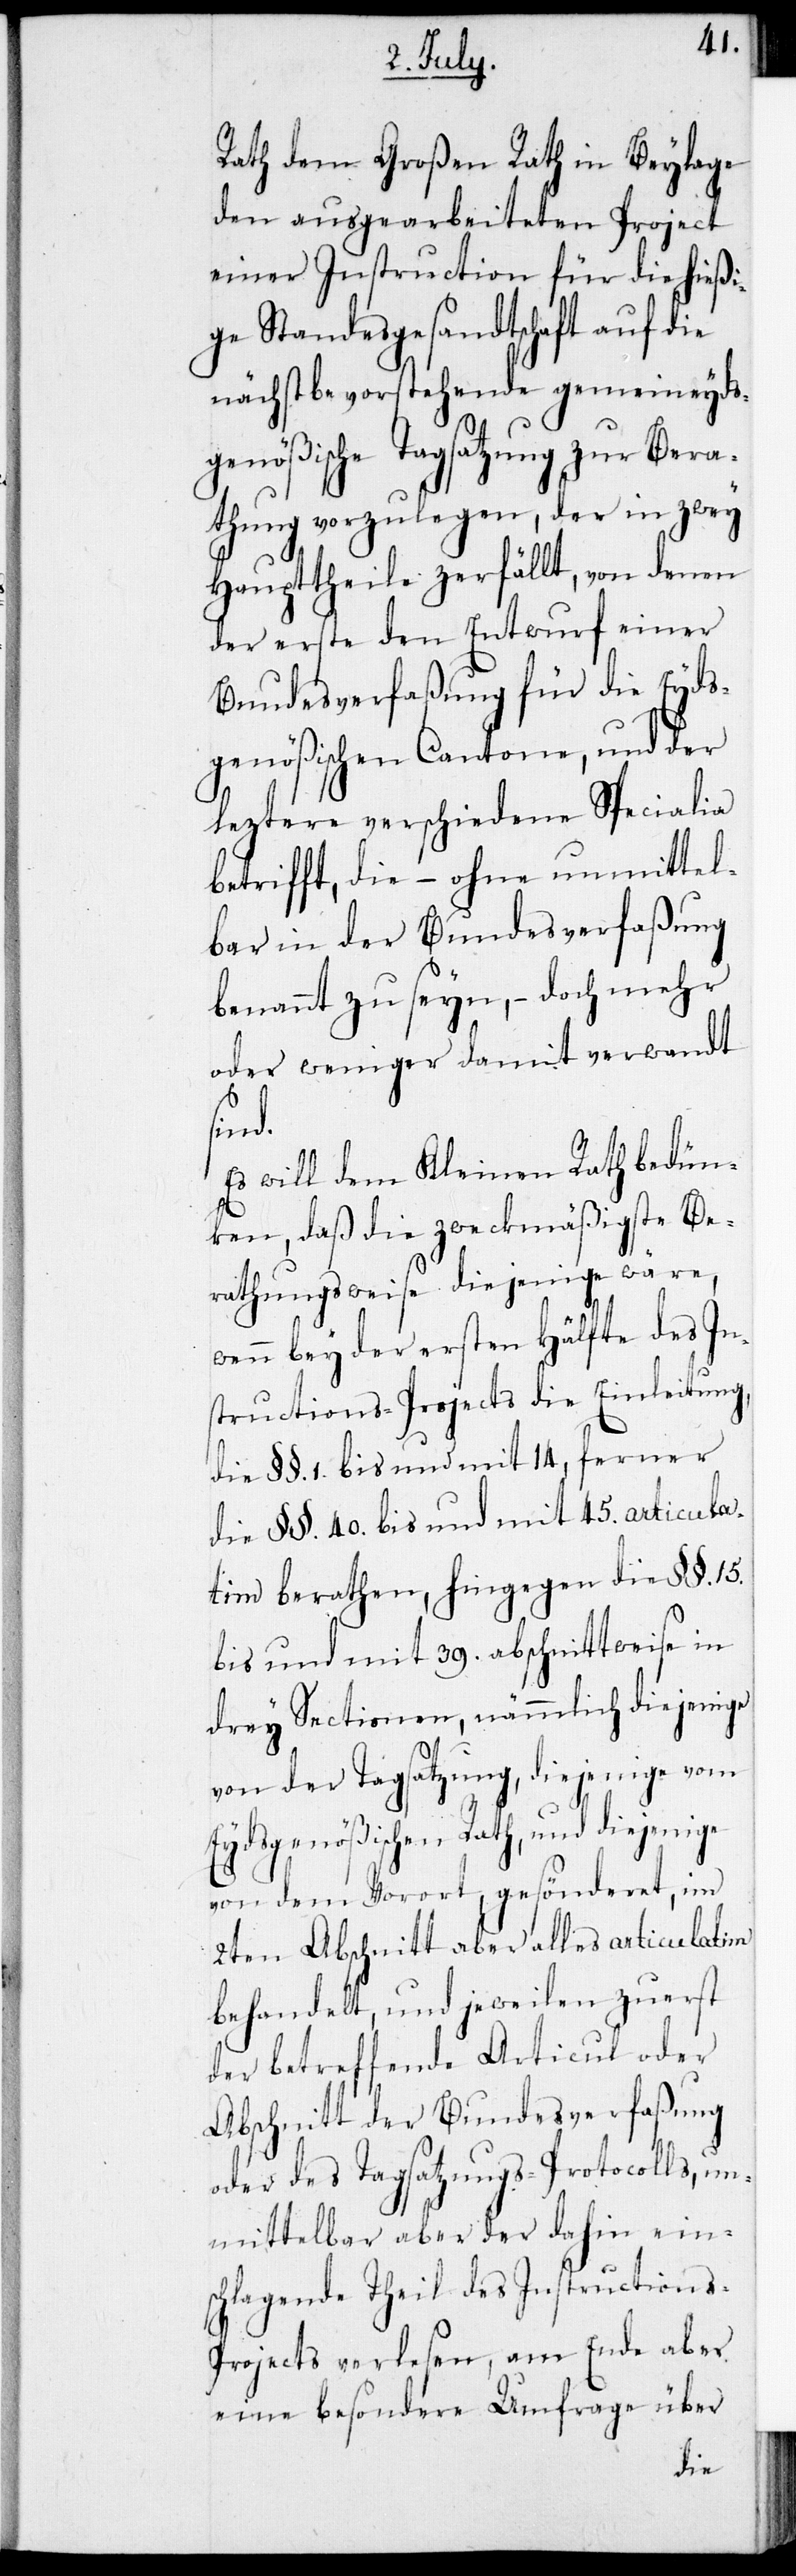
Rath dem Großen Rath in Beylage
den ausgearbeiteten Project
einer Instruction für die hießi¬
ge Standesgesandtschaft auf die
nächstbevorstehende gemeineyds¬
genößische Tagsatzung zur Bera¬
thung vorzulegen, der in zwey
Haupttheile zerfällt, von denen
der erste den Entwurf einer
Bundesverfaßung für die Eyds¬
genößischen Cantone, und der
leztere verschiedene Specialia
betrifft, die – ohne unmittel¬
bar in der Bundesverfaßung
benannt zu seyn, – doch mehr
oder weniger damit verwandt
sind.
Es will dem Kleinen Rath bedün¬
ken, daß die zweckmäßigste Be¬
rathungsweise diejenige wäre,
wenn bey der ersten Hälfte des In¬
structions-Projects die Einleitung,
die § §. 1. bis und mit 14, ferner
die § §. 40. bis und mit 45. articula¬
tim berathen, hingegen die § §. 15.
bis und mit 39. abschnittweise in
drey Sectionen, nämmlich diejenige
von der Tagsatzung, diejenige von
Eydsgenößischen Rath, und diejenige
von dem Vorort, gesönderet, im
2ten Abschnitt aber alles articulatim
behandelt, und jeweilen zuerst
der betreffende Articul oder
Abschnitt der Bundesverfaßung
oder des Tagsatzungs-Protocolls, un¬
mittelbar aber der dahin ein¬
schlagende Theil des Instructions-P¬
rojects verlesen, am Ende aber
eine besondere Umfrage über